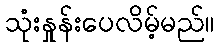
သုံးနှုန်းပေလိမ့်မည်။